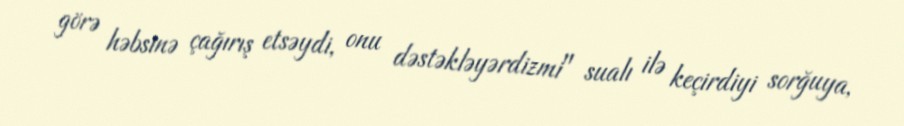
görə həbsinə çağırış etsəydi, onu dəstəkləyərdizmi" sualı ilə keçirdiyi sorğuya,